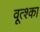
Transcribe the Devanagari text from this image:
वूत्श्का